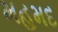
મહમદ